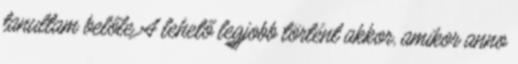
tanultam belőle A lehető legjobb történt akkor, amikor anno